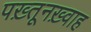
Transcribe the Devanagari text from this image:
पख़्तूनख़्वाह